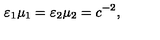
\varepsilon _ { 1 } \mu _ { 1 } = \varepsilon _ { 2 } \mu _ { 2 } = c ^ { - 2 } ,